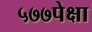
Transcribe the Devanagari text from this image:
५७७पेक्षा